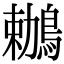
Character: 鶒